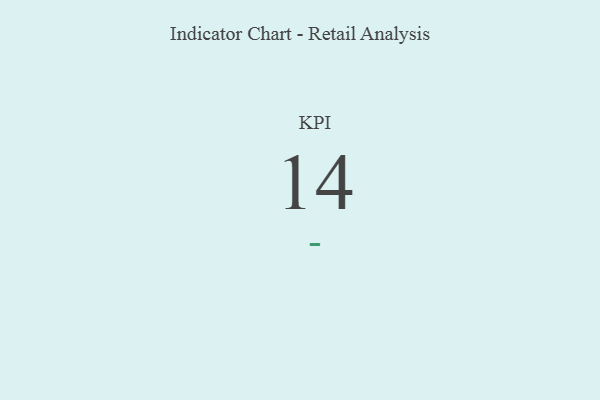
{"axis": {"x": "KPI", "y": "Value"}, "legend": [""], "data": [{"x": "KPI", "y": 14, "type": ""}]}